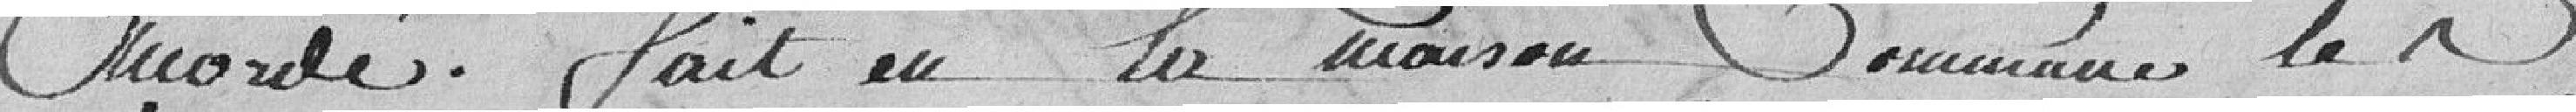
accordé. Fait en la Maison Commune le